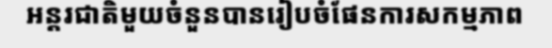
អន្តរជាតិមួយចំនួនបានរៀបចំផែនការសកម្មភាព